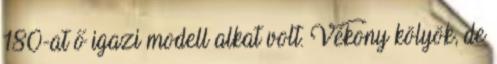
180-at ő igazi modell alkat volt. Vékony kölyök, de